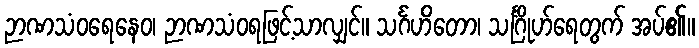
ဉာဏသံဝရေနေဝ၊ ဉာဏသံဝရဖြင့်သာလျှင်။ သင်္ဂဟိတော၊ သင်္ဂြိုဟ်ရေတွက် အပ်၏။